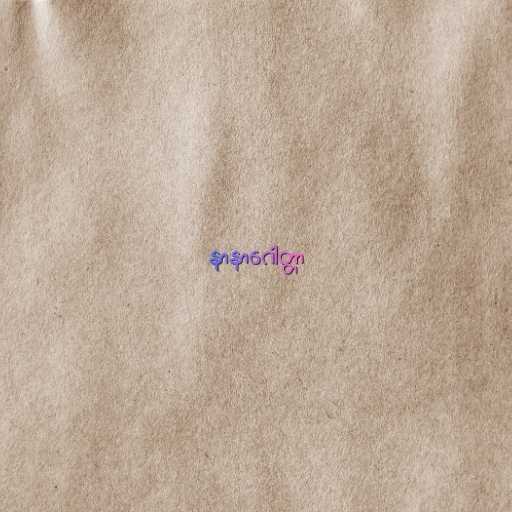
နာနာဂေါတ္တာ